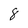
Character: 8